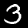
Label: 3